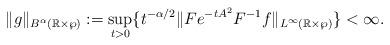
LaTeX: \begin{align*}\|g\|_{B^{\alpha}(\mathbb{R}\times\wp)}:=\sup_{t>0}\{t^{-\alpha/2}\|F e^{-tA^{2}}F^{-1}f\|_{L^{\infty}(\mathbb{R}\times\wp)}\}<\infty.\end{align*}